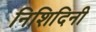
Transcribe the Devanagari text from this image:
निशिदिनी